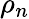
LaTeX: \rho_{n}